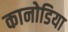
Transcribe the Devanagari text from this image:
कानोडिया